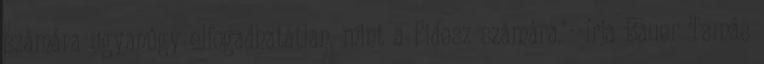
számára ugyanúgy elfogadhatatlan, mint a Fidesz számára."--írja Bauer Tamás